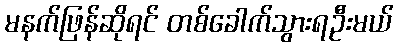
မနက်ဖြန်ဆိုရင် တစ်ခေါက်သွားရဦးမယ်